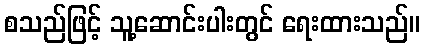
စသည်ဖြင့် သူ့ဆောင်းပါးတွင် ရေးထားသည်။